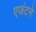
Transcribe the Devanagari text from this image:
एजंटने